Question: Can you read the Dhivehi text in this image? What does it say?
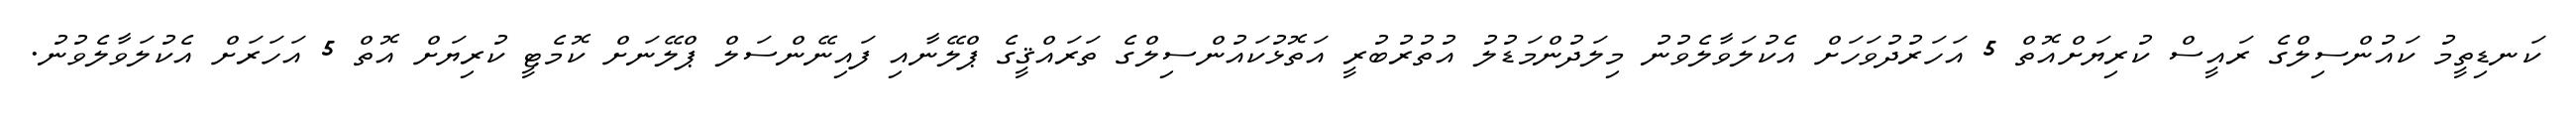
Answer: ކަނޑިތީމު ކައުންސިލްގެ ރައީސް ކުރިޔަށްއޮތް 5 އަހަރުދުވަހަށް އެކުލަވާލެވުނު މިލަދުންމަޑުލު އުތުރުބުރީ އަތޮޅުކައުންސިލްގެ ތަރައްޤީގެ ޕްލޭނާއި ފައިނޭންސަލް ޕްލޭނަށް ކޮމެޓީ ކުރިޔަށް އޮތް 5 އަހަރަށް އެކުލަވާލެވުނު.